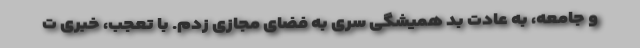
و جامعه، به عادت بد همیشگی سری به فضای مجازی زدم. با تعجب، خبری ت